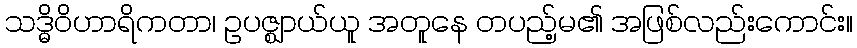
သဒ္ဓိဝိဟာရိကတာ၊ ဥပဇ္ဈာယ်ယူ အတူနေ တပည့်မ၏ အဖြစ်လည်းကောင်း။